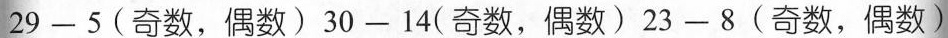
$$2 9 - 5$$(奇数，偶数)$$3 0 - 1 4$$(奇数，偶数)$$2 3 - 8$$(奇数，偶数)